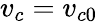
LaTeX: v_{c}=v_{c0}